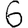
Digit: 6